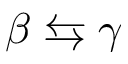
\beta \leftrightarrows \gamma